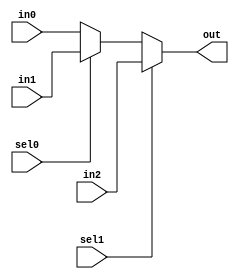
module z_pmux_3_12(sel0, sel1, in0, in1, in2, out);
	input sel0, sel1;
	input [11:0] in0, in1, in2;
	output [11:0] out;
	
	wire [11:0] w1, w2;
	
	assign w1 = sel0 ? in1 : in0;
	assign out = sel1 ? in2 : w1;
	
endmodule

module z_pmux_3_8(sel0, sel1, in0, in1, in2, out);
	input sel0, sel1;
	input [7:0] in0, in1, in2;
	output [7:0] out;
	
	wire [7:0] w1, w2;
	
	assign w1 = sel0 ? in1 : in0;
	assign out = sel1 ? in2 : w1;
	
endmodule